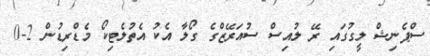
ސްޕެނިޝް ލީގުގައި ރޭ ލުއިސް ސުއަރޭޒްގެ ގޯލާ އެކު އެތުލެޓިކޯ މެޑްރިޑުން 2-0